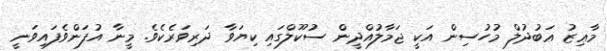
މާޢިޒު ޢަބުދުލް މުހުސިން އަކީ ޖަމާލުއްދީން ސުކޫލްގައި ކިޔަވާ ދަރިވަރެކެވެ. މީނާ އުފަންވެފައިވަނީ